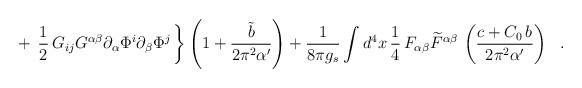
LaTeX: \begin{align*}+\,\left.\frac{1}{2} \,G_{ij} G^{\alpha \beta} \partial_{\alpha} \Phi^i \partial_{\beta} \Phi^j \,\right\}\left( 1 + \frac{{\tilde{b}}}{2 \pi^2 \alpha '}\right)+ \frac{1}{8\pi g_s} \int d^4 x\, \frac{1}{4}\,F_{\alpha \beta} {\widetilde{F}}^{\alpha \beta}\,\left(\frac{c + C_0\,b }{2 \pi^2 \alpha'} \right)~~.\end{align*}